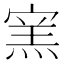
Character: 𰍔